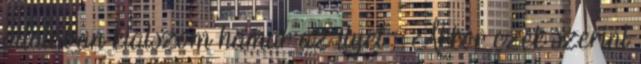
általában kialszom hamar az ilyet ; Akkor ezek szerint